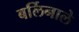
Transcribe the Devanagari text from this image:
बर्लिनाले